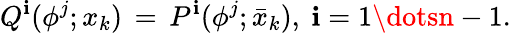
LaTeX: Q^{\mathbf{i}}(\phi^{j};x_{k})\, =\, P^{\mathbf{i}}(\phi^{j};\bar{{x}}_{k}),\ \mathbf{i}=1\dotsn-1.